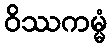
ဝိဿကမ္မံ